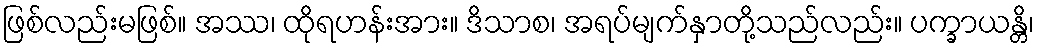
ဖြစ်လည်းမဖြစ်။ အဿ၊ ထိုရဟန်းအား။ ဒိသာစ၊ အရပ်မျက်နှာတို့သည်လည်း။ ပက္ခာယန္တိ၊